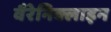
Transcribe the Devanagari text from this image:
वैरेनिक्लाइन